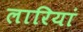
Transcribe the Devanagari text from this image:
लारियां